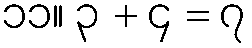
၁၁။ ၃ + ၄ = ၇